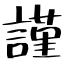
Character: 謹